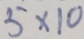
5 \times 1 0